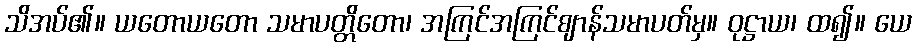
သိအပ်၏။ ယတောယတော သမာပတ္တိတော၊ အကြင်အကြင်ဈာန်သမာပတ်မှ။ ဝုဋ္ဌာယ၊ ထ၍။ ယေ